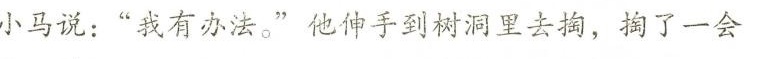
小马说：”我有办法。”他伸手到树洞里去掏，掏了一会